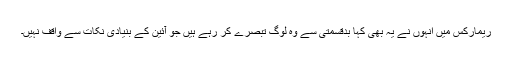
ریمارکس میں انہوں نے یہ بھی کہا بدقسمتی سے وہ لوگ تبصرے کر رہے ہیں جو آئین کے بنیادی نکات سے واقف نہیں۔